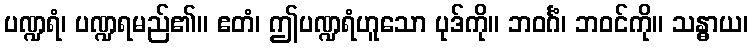
ပဏ္ဍရံ၊ ပဏ္ဍရမည်၏။ ဧတံ၊ ဤပဏ္ဍရံဟူသော ပုဒ်ကို။ ဘဝင်္ဂံ၊ ဘဝင်ကို။ သန္ဓာယ၊